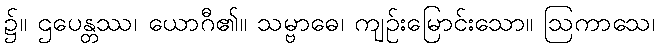
၌။ ဌပေန္တဿ၊ ယောဂီ၏။ သမ္ဗာဓေ၊ ကျဉ်းမြောင်းသော။ ဩကာသေ၊